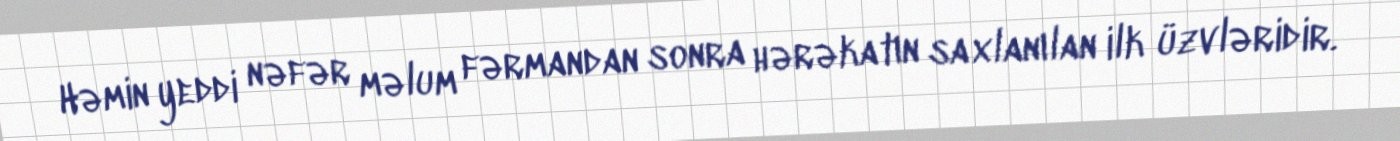
Həmin yeddi nəfər məlum fərmandan sonra hərəkatın saxlanılan ilk üzvləridir.